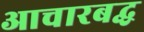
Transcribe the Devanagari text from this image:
आचारबद्ध